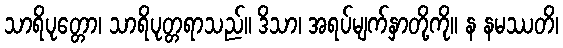
သာရိပုတ္တော၊ သာရိပုတ္တရာသည်။ ဒိသာ၊ အရပ်မျက်နှာတို့ကို။ န နမဿတိ၊